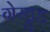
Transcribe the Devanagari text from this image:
गेरट्रुड